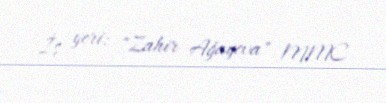
İş yeri: "Zahir Ağayeva" MMC